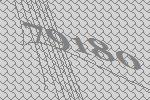
79180